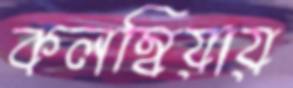
কলম্বিয়ায়